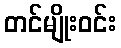
တင်မျိုးဝင်း